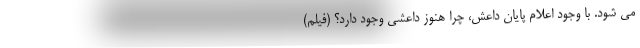
می شود. با وجود اعلام پایان داعش، چرا هنوز داعشی وجود دارد؟ (فیلم)